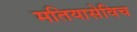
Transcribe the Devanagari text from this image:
मतियासेविच